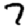
Digit: 7